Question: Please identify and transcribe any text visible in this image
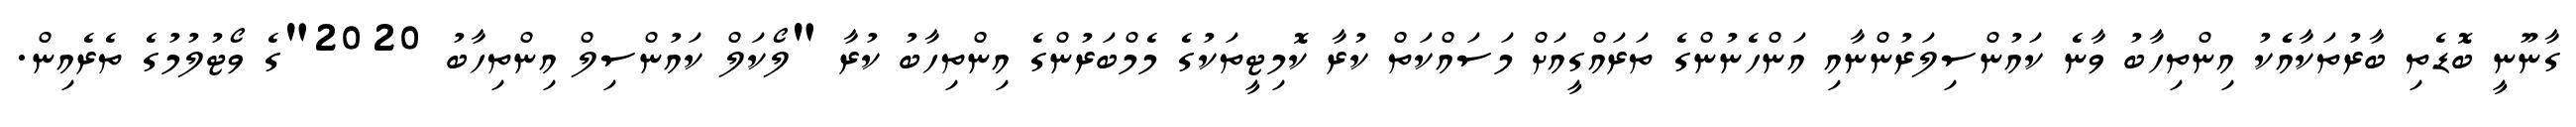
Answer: ގާނޫނީ ބޮޑެތި ބާރުތަކާއެެކު އިންތިހާބު ވާނެ ކައުންސިލަރުންނާއި އަންހެނުންގެ ތަރައްގީއަށް މަސައްކަތް ކުރާ ކޮމިޓީތަކުގެ މެމްބަރުންގެ އިންތިހާބު ކުރާ "ލޯކަލް ކައުންސިލް އިންތިހާބު 2020"ގެ ވޯޓުލުމުގެ ތެރެއިން.